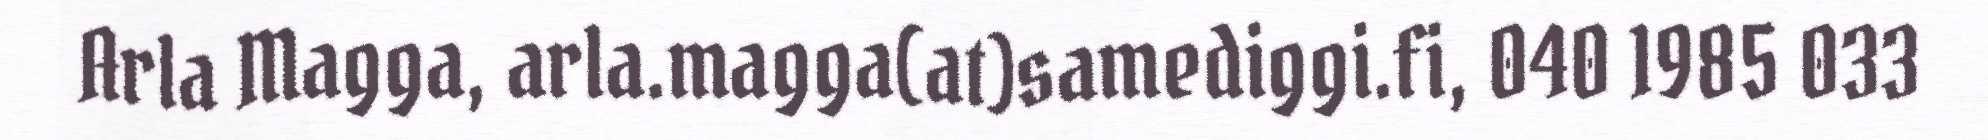
Arla Magga, arla.magga(at)samediggi.fi, 040 1985 033